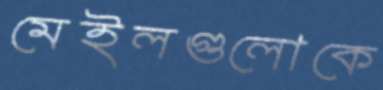
মেইলগুলোকে